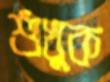
শুঁখুক